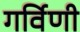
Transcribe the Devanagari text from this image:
गर्विणी